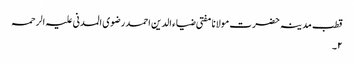
قطب مدینہ حضرت مولانا مفتی ضیاء الدین احمد رضوی المدنی علیہ الرحمہ
۲۔